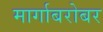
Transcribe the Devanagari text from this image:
मार्गाबरोबर